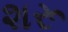
શરૂ